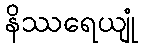
နိဿရေယျုံ